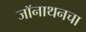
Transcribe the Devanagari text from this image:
जॉनाथनचा